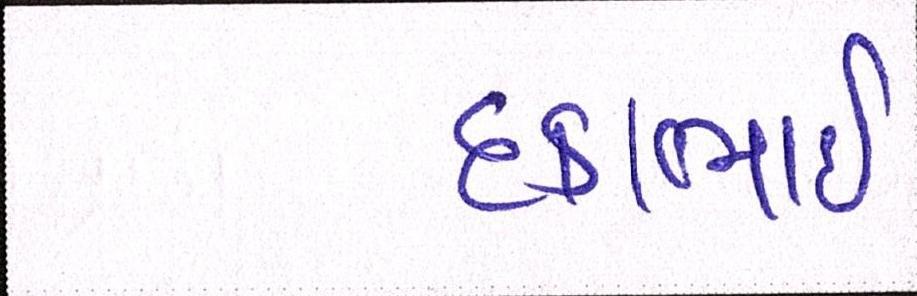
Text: દકાભાઈ